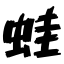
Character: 蛙